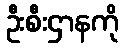
ဦးစီးဌာနကို